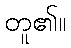
တူ၏။